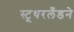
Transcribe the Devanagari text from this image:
स्टूथरलँडने